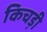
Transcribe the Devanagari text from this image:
किचड़ी